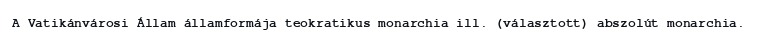
A Vatikánvárosi Állam államformája teokratikus monarchia ill. (választott) abszolút monarchia.